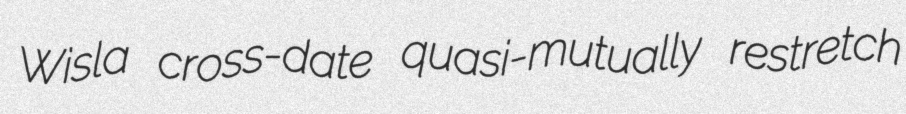
Wisla cross-date quasi-mutually restretch